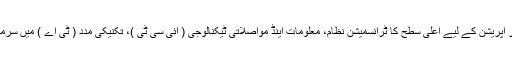
یہ منصوبہ بہتر انتظام اور آپریشن کے لیے اعلی سطح کا ٹرانسمیشن نظام، معلومات اینڈ مواصلاتی ٹیکنالوجی ( آئی سی ٹی )، تکنیکی مدد ( ٹی اے ) میں سرمایہ کاری میں مدد دے گا۔